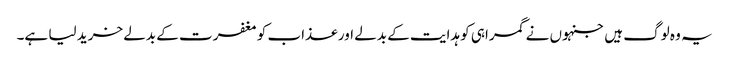
یہ وہ لوگ ہیں جنہوں نے گمراہی کو ہدایت کے بدلے اور عذاب کو مغفرت کے بدلے خرید لیا ہے۔